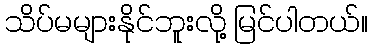
သိပ်မများနိုင်ဘူးလို့ မြင်ပါတယ်။